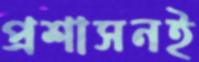
প্রশাসনই